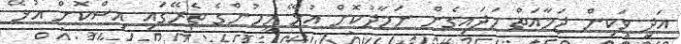
އަދި ވަކިން ޖަމާއަތް ހަދައިގެން ނަމާދުކޮށް އުޅޭ މީހުންގެ ތެރޭގައި އިސްކޮށް އުޅޭ